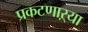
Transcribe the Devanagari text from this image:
प्रकटणाऱ्या